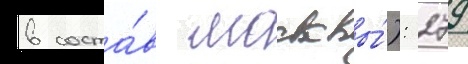
в соста́в москвы́): 279